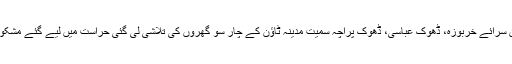
ذرائع کا کہنا ہے کہ آپریشن کے دوران سرائے خربوزہ، ڈھوک عباسی، ڈھوک پراچہ سمیت مدینہ ٹاؤن کے چار سو گھروں کی تلاشی لی گئی حراست میں لیے گئے مشکوک افراد سے تفتیش کا عمل جاری ہے۔